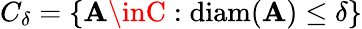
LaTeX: C_{\delta}=\{ \mathbf{A}\inC:\operatorname{diam}(\mathbf{A})\leq\delta\}